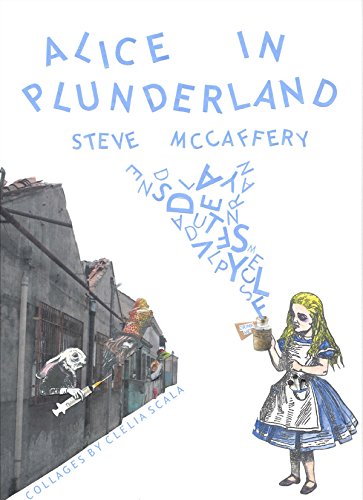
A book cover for Alice in Plunderland; Steve McCaffery; Literature & Fiction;